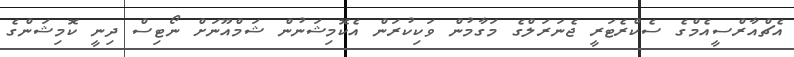
އެޗްއާރްސީއެމްގެ ސެކްރެޓަރީ ޖެނަރަލްގެ މަގާމުން ވަކިކުރަން އެކޮމިޝަނުން ޝަމްއޫނަށް ނޯޓިސް ދިނީ ކޮމިޝަންގެ